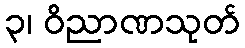
၃၊ ဝိညာဏသုတ်